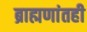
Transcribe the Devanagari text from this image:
ब्राह्मणांतही